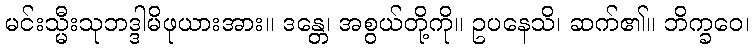
မင်းသ္မီးသုဘဒ္ဒါမိဖုယားအား။ ဒန္တေ၊ အစွယ်တို့ကို။ ဥပနေသိ၊ ဆက်၏။ ဘိက္ခဝေ၊